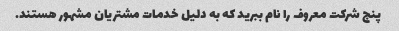
پنج شرکت معروف را نام ببرید که به دلیل خدمات مشتریان مشهور هستند.